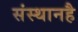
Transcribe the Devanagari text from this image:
संस्थानहै